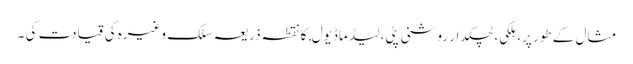
مثال کے طور پر، ہلکی، لچکدار روشنی پٹی، لیڈ ماڈیول, کا نقطہ ذریعہ سلک وغیرہ کی قیادت کی ۔